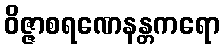
ဝိဇ္ဇာစရဏေနန္တကရော